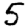
Digit: 5